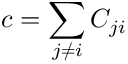
c = \sum _ { j \neq i } C _ { j i }